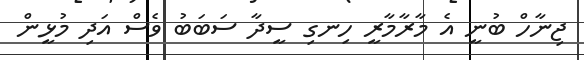
ޖިނާހް ބުނީ އެ މާރާމާރީ ހިނގި ސީދާ ސަބަބު ވެސް އަދި މުޅީން